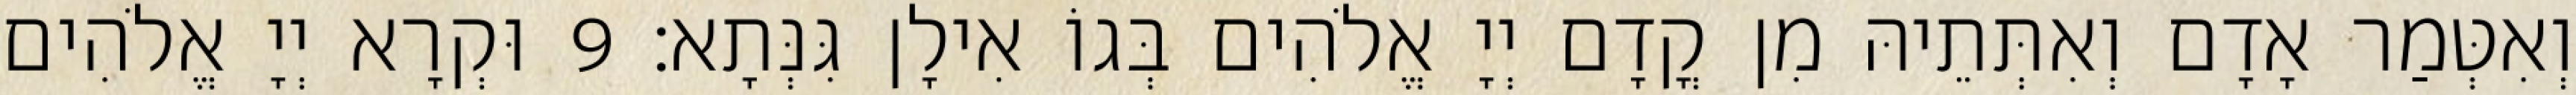
וְאִטְּמַר אָדָם וְאִתְּתֵיהּ מִן קֳדָם יְיָ אֱלֹהִים בְּגוֹ אִילָן גִּנְּתָא׃ 9 וּקְרָא יְיָ אֱלֹהִים